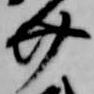
介